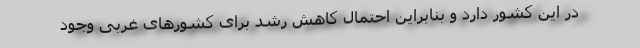
در این کشور دارد و بنابراین احتمال کاهش رشد برای کشورهای غربی وجود